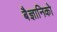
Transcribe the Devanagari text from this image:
बैज्ञानिको